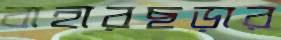
বাহারছড়ার